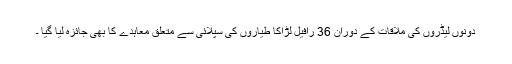
دونوں لیڈروں کی ملاقات کے دوران 36 رافیل لڑاکا طیاروں کی سپلائی سے متعلق معاہدے کا بھی جائزہ لیا گیا ۔